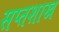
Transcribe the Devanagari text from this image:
सप्तशाख